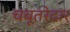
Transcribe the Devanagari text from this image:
चबूतरेदार